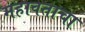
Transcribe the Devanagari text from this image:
महावताचा